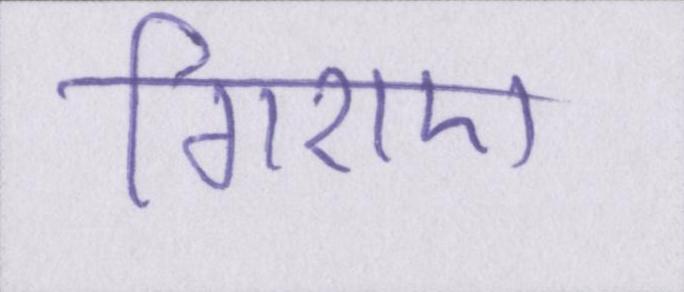
गिराए